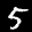
Label: 5